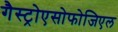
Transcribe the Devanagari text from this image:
गैस्ट्रोएसोफोजिएल